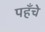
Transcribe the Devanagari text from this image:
पहँचे